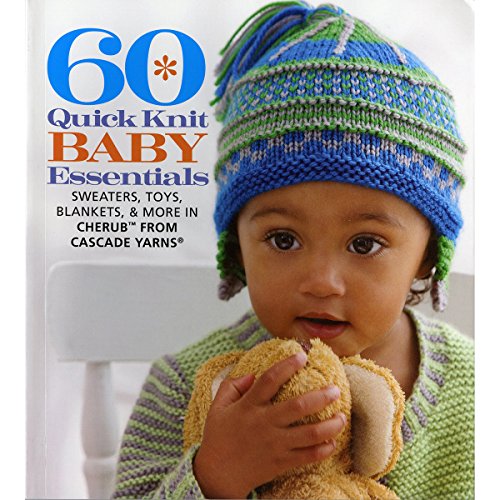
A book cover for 60 Quick Knit Baby Essentials: Sweaters, Toys, Blankets, & More in CherubEE¢ from Cascade YarnsÂ® (60 Quick Knits Collection); Crafts, Hobbies & Home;